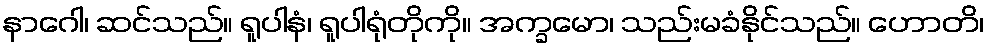
နာဂေါ၊ ဆင်သည်။ ရူပါနံ၊ ရူပါရုံတိုကို။ အက္ခမော၊ သည်းမခံနိုင်သည်။ ဟောတိ၊